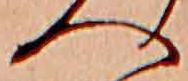
へ